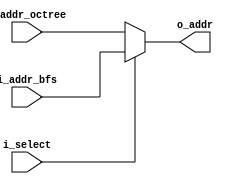
`timescale 1ns / 1ps
//////////////////////////////////////////////////////////////////////////////////
// Company: 
// Engineer: 
// 
// Design Name: 
// Module Name: mux_2to1
// Project Name: 
// Target Devices: 
// Tool Versions: 
// Description: 
// 
// Dependencies: 
// 
// Revision:
// Revision 0.01 - File Created
// Additional Comments:
// 
//////////////////////////////////////////////////////////////////////////////////
`define ADDR_SIZE 16


module mux_2to1(
    input [`ADDR_SIZE-1:0] i_addr_octree,
    input [`ADDR_SIZE-1:0] i_addr_bfs,
    input wire i_select,
    output wire [`ADDR_SIZE-1:0] o_addr
    );


    assign o_addr = i_select ? i_addr_bfs : i_addr_octree;

endmodule